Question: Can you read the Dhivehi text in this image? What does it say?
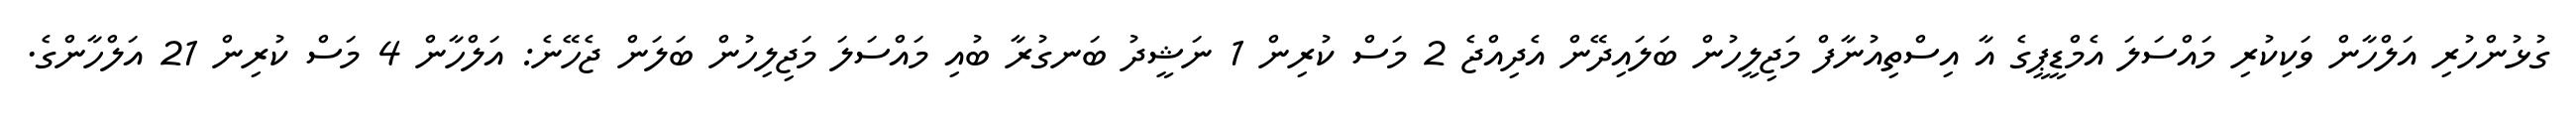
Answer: ގުޅުންހުރި އަލްހާން ވަކިކުރި މައްސަލަ އެމްޑީޕީގެ އާ އިސްތިއުނާފް މަޖިލީހުން ބަލައިދޭން އެދިއްޖެ 2 މަސް ކުރިން 1 ނަޝީދު ބަނގުރާ ބުއި މައްސަލަ މަޖިލިހުން ބަލަން ޖެހޭނެ: އަލްހާން 4 މަސް ކުރިން 21 އަލްހާންގެ.